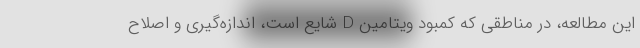
این مطالعه، در مناطقی که کمبود ویتامین D شایع است، اندازه‌گیری و اصلاح